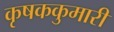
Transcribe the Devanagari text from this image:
कृषककुमारी